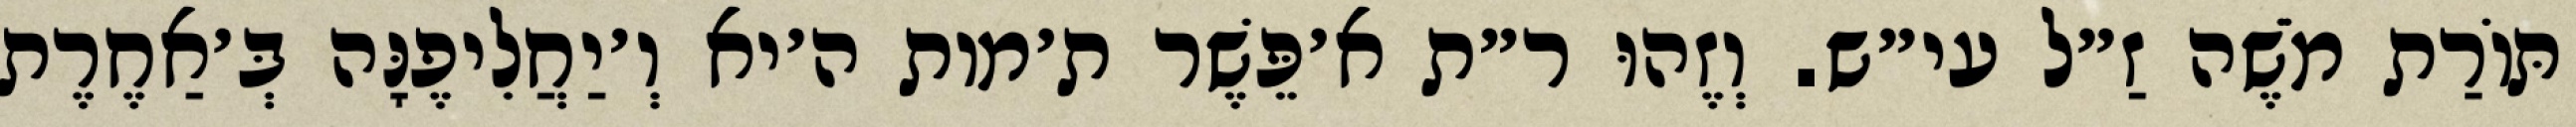
תּוֹרַת מֹשֶׁה זַ״ל עי״ש. וְזֶהוּ ר״ת א׳פֵּשֶׁר ת׳מות ה׳יא וְ׳יַחֲלִיפֶנָּה בְּ׳אַחֶרֶת